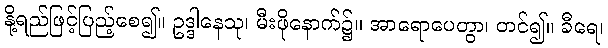
နို့ရည်ဖြင့်ပြည့်စေ၍။ ဥဒ္ဒါနေသု၊ မီးဖိုနောက်၌။ အာရောပေတွာ၊ တင်၍။ ခီရေ၊